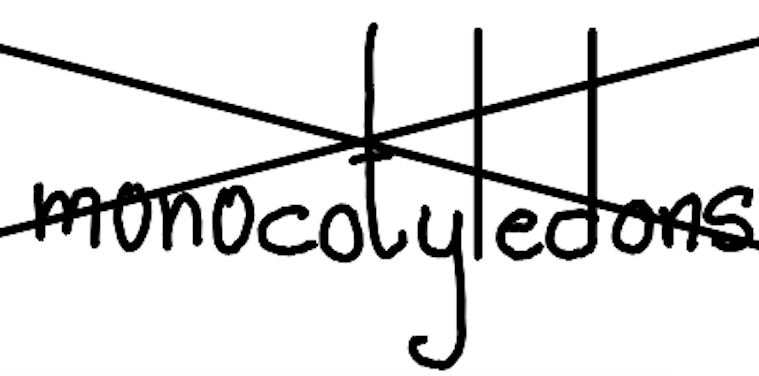
Text: monocotyledons
Cross-out: cross
Writing tool: digital_black